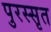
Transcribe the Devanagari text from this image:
पुरस्सृत